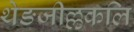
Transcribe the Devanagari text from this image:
थेङजील्लकलि